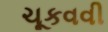
ચૂકવવી